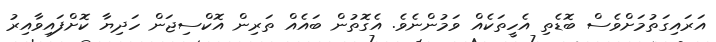
އަރައިގަތުމަށްވެސް ބޮޑެތި އެހީތަކެއް ވަމުންނެވެ. އެގޮތުން ބައެއް ތަރިން އޮކްސިޖަން ހަދިޔާ ކޮށްފައިވާއިރު